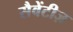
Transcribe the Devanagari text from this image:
सैवेंटीज़